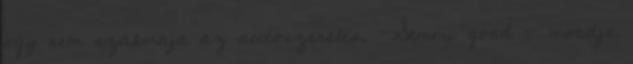
ogy nem szakmaja az autoszereles. -Semmi gond - mondja